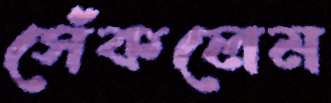
সেঁকলেম